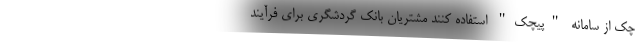
چک از سامانه "پیچک" استفاده کنند مشتریان بانک گردشگری برای فرآیند